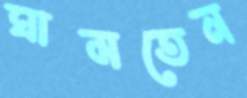
ঘামতেন